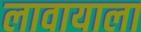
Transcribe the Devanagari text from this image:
लावायाला